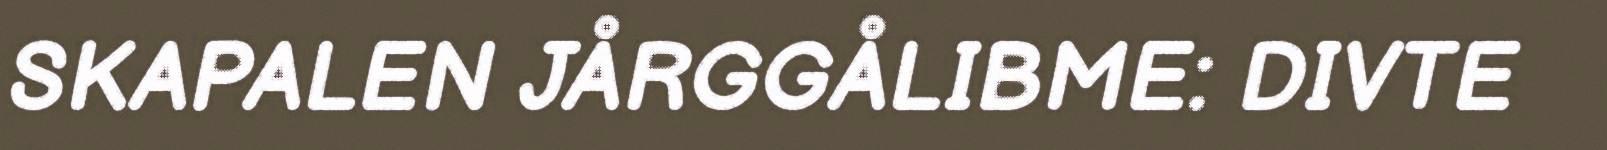
SKAPALEN JÅRGGÅLIBME: DIVTE